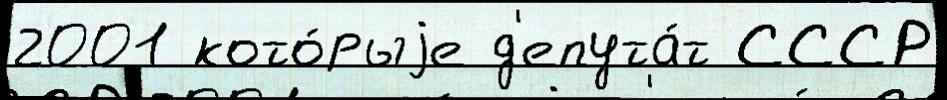
2001 кото́рыjе д'епута́т СССР